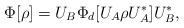
LaTeX: \begin{align*}\Phi [ \rho ]=U_{B}\Phi _{d}[U_{A}\rho U_{A}^{\ast }]U_{B}^{\ast },\end{align*}